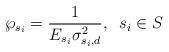
LaTeX: \begin{align*} \wp_{s_i}=\frac{1}{E_{s_i}\sigma_{s_i,d}^2}, \;\; s_i \in S \end{align*}